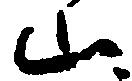
山